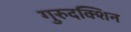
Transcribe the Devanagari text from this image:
गुरुदक्शिन